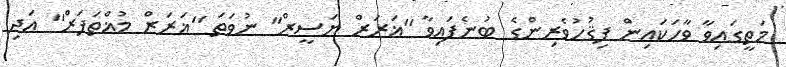
މަތީގައިވާ ވާހަކައިން ފިޤުހުވެރިންގެ ބުނެފައިވާ ''ޣަރަރް ޔަސީރް'' ނުވަތަ ''ޣަރަރް މުޣްތަފަރް'' އަދި